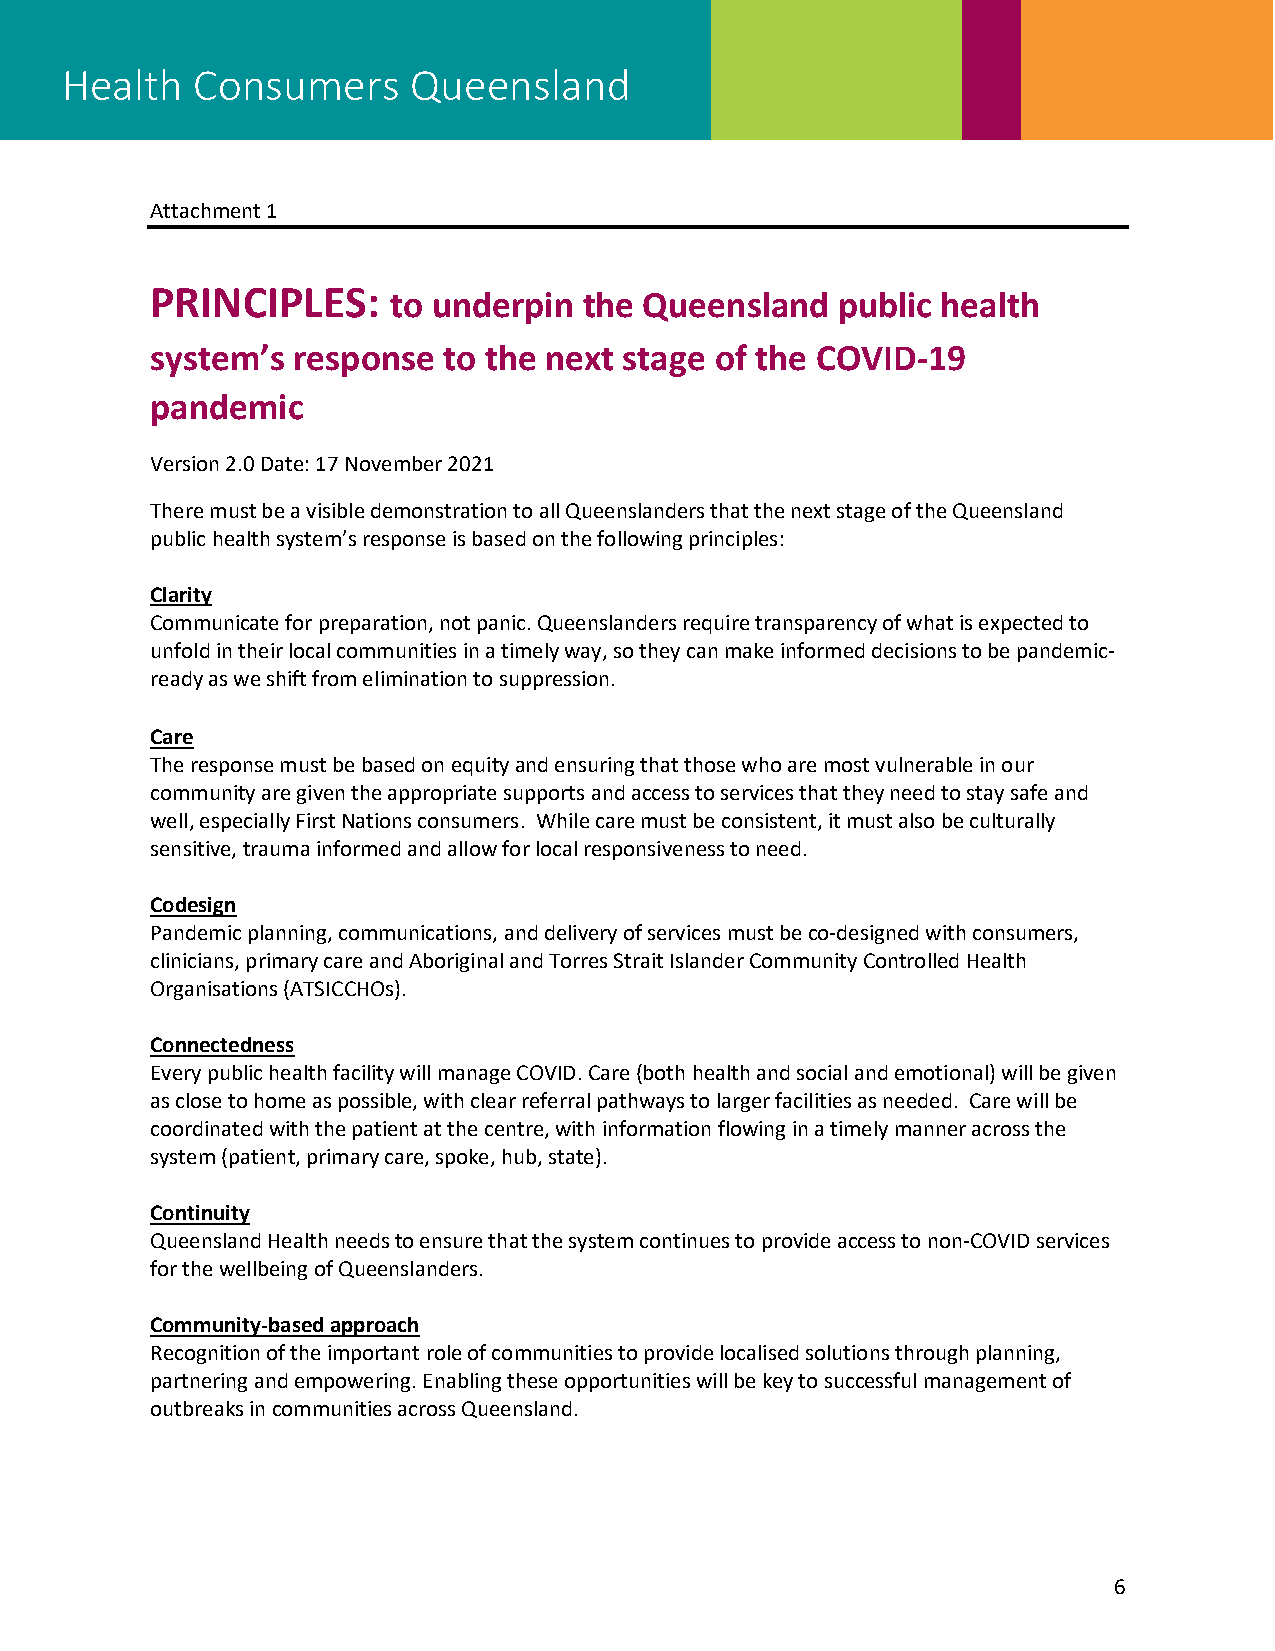
Health   Consumers     Queensland
 Attachment 1
 PRINCIPLES:     to underpin  the Queensland  public health
 system’s response  to the next stage of the COVID-19
 pandemic
 Version 2.0 Date: 17 November 2021
 There must be a visible demonstration to all Queenslanders that the next stage of the Queensland
 public health system’s response is based on the following principles:
 Clarity
 Communicate for preparation, not panic. Queenslanders require transparency of what is expected to
 unfold in their local communities in a timely way, so they can make informed decisions to be pandemic-
 ready as we shift from elimination to suppression.
 Care
 The response must be based on equity and ensuring that those who are most vulnerable in our
 community are given the appropriate supports and access to services that they need to stay safe and
 well, especially First Nations consumers. While care must be consistent, it must also be culturally
 sensitive, trauma informed and allow for local responsiveness to need.
 Codesign
 Pandemic planning, communications, and delivery of services must be co-designed with consumers,
 clinicians, primary care and Aboriginal and Torres Strait Islander Community Controlled Health
 Organisations (ATSICCHOs).
 Connectedness
 Every public health facility will manage COVID. Care (both health and social and emotional) will be given
 as close to home as possible, with clear referral pathways to larger facilities as needed. Care will be
 coordinated with the patient at the centre, with information flowing in a timely manner across the
 system (patient, primary care, spoke, hub, state).
 Continuity
 Queensland Health needs to ensure that the system continues to provide access to non-COVID services
 for the wellbeing of Queenslanders.
 Community-based approach
 Recognition of the important role of communities to provide localised solutions through planning,
 partnering and empowering. Enabling these opportunities will be key to successful management of
 outbreaks in communities across Queensland.
 6